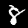
Digit: 8